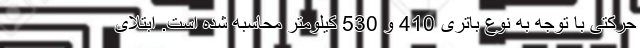
حرکتی با توجه به نوع باتری 410 و 530 کیلومتر محاسبه شده است. ابتلای